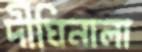
দীঘিনালা